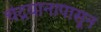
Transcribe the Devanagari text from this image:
चंद्रयानापासून